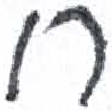
אות: ח